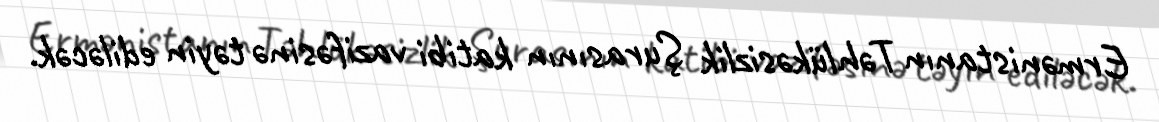
Ermənistanın Təhlükəsizlik Şurasının katibi vazifəsinə təyin ediləcək.